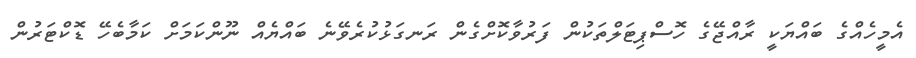
އެމީހެއްގެ ބައްޔަކީ ރާއްޖޭގެ ހޮސްޕިޓަލްތަކުން ފަރުވާކޮށްގެން ރަނގަޅުކުރެވޭނެ ބައްޔެއް ނޫންކަމަށް ކަމާބެހޭ ޑޮކްޓަރުން